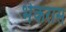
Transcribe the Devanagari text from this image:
भेकरास